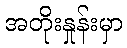
အတိုးနှုန်းမှာ